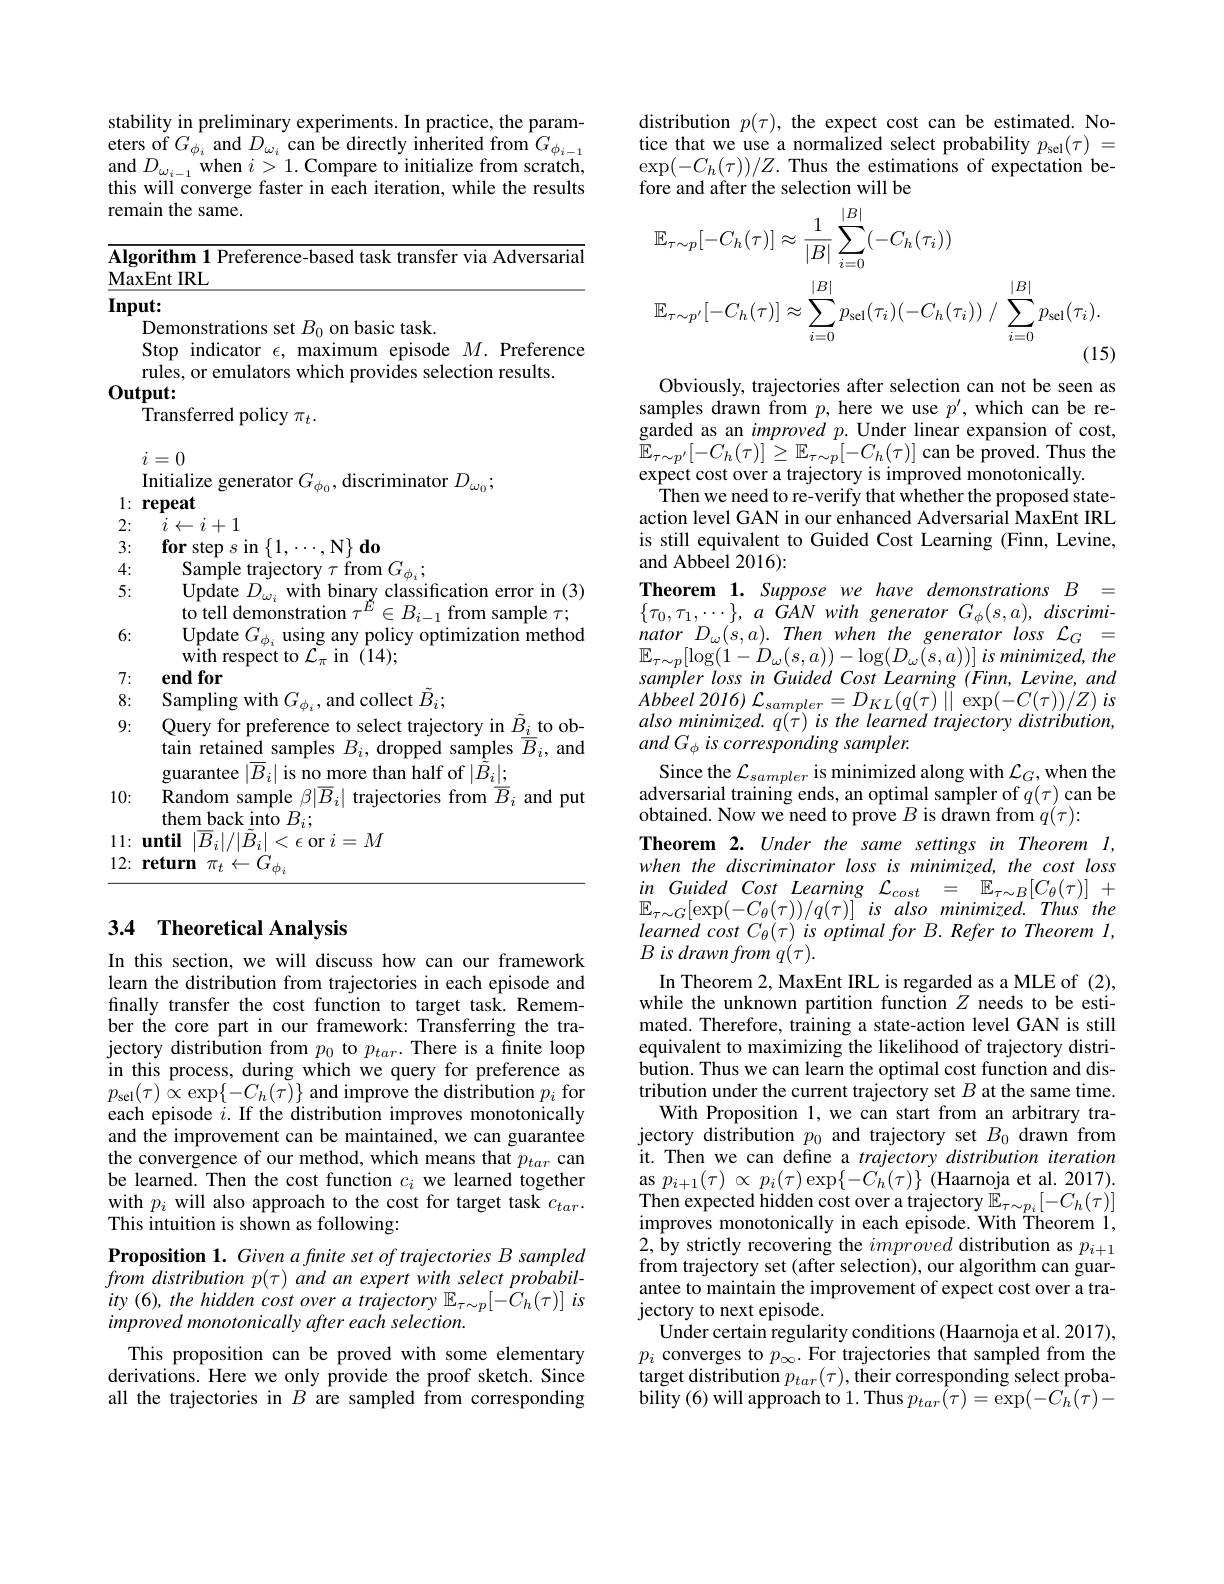
stability in preliminary experiments. In practice, the parameters of $G_{\phi_{i}}$ and $D_{\omega_{i}}$ can be directly inherited from $G_{\phi_{i-1}}$ and $D_{\omega_{i-1}}$ when $i>1.$ Compare to initialize from scratch, this will converge faster in each iteration, while the results remain the same.

Input:
Demonstrations set $B_0$ on basic task.

Algorithm 1 Preference-based task transfer via Adversarial
$\underline{\text{MaxEnt IRL}}$
Stop indicator $\epsilon$, maximum episode $M.$ Preference
rules, or emulators which provides selection results.
$Output:$
Transferred policy $\pi_t.$
$i=0$
Initialize generator $G_{\phi_0}$, discriminator $D_{\omega_0};$
$1: \textbf{ repeat}$
2{:} $i\leftarrow i+ 1$
3: $\textbf{for step }s$ in$\left \{ 1, \cdots , \mathbb{N} \right \} \textbf{do}$
4:
Sample trajectory $\tau$ from $G_{\phi_i};$
5:
$\begin{array}{l}{{\mathrm{Update~}D_{\omega_{i}}~with~binary~classification~error~in~(3)}}\\{{\mathrm{to~tell~demonstration~}\tau^{E}\in B_{i-1}~from~sample~\tau;}}\end{array}$
6:
Update $G_\phi_i$ using any policy optimization method
$\hat{\text{with respect to}}\mathcal{L}_{\pi}$in$(\hat{1}4);$
7: end for
8: Sampling with $G_{\phi_{i}}$, and collect $\tilde{B}_{i};$
9: Query for preference to select trajectory in $\tilde{B} _{\underline {i}}{\underline {i}}{\mathrm{to~ob- }}.$ Query for preference to select trajectory in $\tilde{B} _{\underline {i}}{\underline {i}}{\mathrm{to~ob- }}.$ Query for prefere${\mathrm{nce~to~select~trajectory~in~}}\tilde{B} _{\underline {i}}{\underline {i}}{\mathrm{to~ob- }}.$ pred. pred. pr
tain retained samples $B_i$, dropped samples $\bar{\overline{B}}_i$, and
guarantee $|\overline{B}_i|$ is no more than half of $|\tilde{\tilde{B}}_i|;$
10: Random sample $\beta|\overline{B}_i|$ trajectories from $\overline{B}_i$ and put
them back into $B_i;$
$11: \textbf{until}\left . | \overline {B}_i| / | \tilde{B} _i\right | < \epsilon$ or $i=M$
$12{: }\textbf{return}\pi _{t}\leftarrow G_{\phi _{i}}$

### 3.4 Theoretical Analysis

In this section, we will discuss how can our framework learn the distribution from trajectories in each episode and finally transfer the cost function to target task. Remember the core part in our framework: Transferring the trajectory distribution from $p_0$ to $p_{tar}.$ There is a finite loop in this process, during which we query for preference as $p_{\mathrm{sel}}(\tau)\stackrel{\sim}{\propto}\exp\{-C_{h}(\tilde{\tau})\}$ and improve the distribution $p_i$ for each episode $i.$ If the distribution improves monotonically and the improvement can be maintained, we can guarantee the convergence of our method, which means that $p_{tar}$ can be learned. Then the cost function $c_i$ we learned together with $p_{i}$ will also approach to the cost for target task $c_tar.$ This intuition is shown as following:

Proposition 1. Given a finite set of trajectories B sampled from distribution $p(\tau)$ and an expert with select probabil- $ity(6),the$ hidden cost over a trajectory $\mathbb{E}_\tau\sim p[-C_h(\tau)]$ is improved monotonically after each selection.

This proposition can be proved with some elementary derivations. Here we only provide the proof sketch. Since all the trajectories in $B$ are sampled from corresponding

distribution $p(\tau)$, the expect cost can be estimated. Notice that we use a normalized select probability $p_{\mathrm{sel}}(\tau)=$ $\exp(-C_{h}(\tau))/Z.$Thus the estimations of expectation before and after the selection will be
$$\begin{aligned}&\mathbb{E}_{\tau\sim p}[-C_{h}(\tau)]\approx\frac{1}{|B|}\sum_{i=0}^{|B|}(-C_{h}(\tau_{i}))\\&\mathbb{E}_{\tau\sim p^{\prime}}[-C_{h}(\tau)]\approx\sum_{i=0}^{|B|}p_{\mathrm{sel}}(\tau_{i})(-C_{h}(\tau_{i}))\:/\:\sum_{i=0}^{|B|}p_{\mathrm{sel}}(\tau_{i}).\end{aligned}$$
Obviously, trajectories after selection can not be seen as samples drawn from $p$, here we use $p^\prime$, which can be regarded as an improved $p.$ Under linear expansion of cost, $\begin{array}{l}{\tilde{\mathbb{E}}_{\tau\sim p^{\prime}}[-C_{h}(\tau)]\geq\mathbb{E}_{\tau\sim p}[-C_{h}(\tau)]\text{ can be proved. Thus the}}\\{\mathrm{expect~cost~over~a~trajectory~is~improved~monotonically.}}\end{array}$
Then we need to re-verify that whether the proposed stateaction level GAN in our enhanced Adversarial MaxEnt IRL is still equivalent to Guided Cost Learning (Finn, Levine, and Abbeel 2016):
Theorem 1. Suppose we have demonstrations $B$ = $\{ \tau _{0}, \tau _{1}, \cdots \} $, $a$ $GAN$ with generator $G_{\phi }( s, a) $, $discrimi-$ nator $D_{\omega }( s, a) .$ Then when the generator loss $\mathcal{L} _{G}$ = $\mathbb{E} _{\tau \sim p}[ \log ( 1- \overset {\prime }{\operatorname* { D} }_{\omega }( s, a) ) - \log ( D_{\omega }( s, a) ) ]$ $is$ $minimized, the$ sampler loss in Guided Cost Learning (Finn, Levine, and Abbeel 2016) $\mathcal{L} _{sampler}= D_{KL}( q( \tau )$ || $\exp ( - C( \tau ) ) / Z)$ $is$ also minimized. $q(\tau)$ is the learned trajectory distribution, and G is corresponding sampler.
Since the $\mathcal{L}_sampler$ is minimized along with $\mathcal{L}_G$,when the adversarial training ends, an optimal sampler of $q(\tau)$ can be obtained. Now we need to prove $B$ is drawn from $q(\tau):$
Theorem 2. Under the same settings in Theorem l, when the discriminator loss is minimized, the cost loss $\begin{array}{ll}{in}&{Guided}&{Cost}&{Learning}&{\mathcal{L}_{cost}}&{=}&{\mathbb{E}_{\tau\sim B}[C_{\theta}(\tau)]}&{+}\\{\mathbb{E}_{\tau\sim G}[\exp(-C_{\theta}(\tau))/q(\tau)]}&{is}&{also}&{minimized.Thus}&{the}\\\end{array}$ $learnedcostC_{\theta}(\tau)isoptimalforB.RefertoTheoreml$, $B\textit{is drawn from q}( \tau ) .$
In Theorem 2, MaxEnt IRL is regarded as a MLE of (2), while the unknown partition function $Z$ needs to be estimated. Therefore, training a state-action level GAN is still equivalent to maximizing the likelihood of trajectory distribution. Thus we can learn the optimal cost function and distribution under the current trajectory set $B$ at the same time. With Proposition 1,we can start from an arbitrary tra-
jectory distribution $p_0$ and trajectory set $B_0$ drawn from it. Then we can define a trajectory distribution iteration $\begin{array}{ll}{\mathrm{as~}p_{i+1}(\tau)\:\propto\:p_{i}(\tau)\exp\{-C_{h}(\tau)\}\:\text{(Haarnoja et al.2017).}}\end{array}$ $\begin{array}{l}{\mathrm{Then~expected~hidden~cost~over~a~trajectory~}}{\tilde{\mathbb{E}}_{\tau\sim p_{i}}[-C_{h}(\tau)]}\\{\mathrm{improves~monotonically~in~each~episode.~With~Theorem~1,}}\end{array}$ 2, by strictly recovering the improved distribution as $p_i+1$ from trajectory set (after selection), our algorithm can guarantee to maintain the improvement of expect cost over a trajectory to next episode.
Under certain regularity conditions (Haarnoja et al. 2017), $p_{i}$ converges to $p_\infty . \textbf{For trajectories that sampled from the}$ target distribution $p_{tar}(\tau)$, their corresponding select proba- ${\mathrm{bility~(6)~will~approach~to~1.~Thus~}p_{tar}}{\tilde{(}\tau)}={\tilde{\exp(-C_{h}(\tau)-}}$